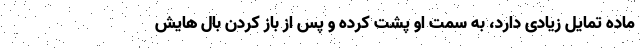
ماده تمایل زیادی دارد، به سمت او پشت کرده و پس از باز کردن بال‌ هایش